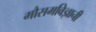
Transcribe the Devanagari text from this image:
मौसमविज्ञानी